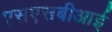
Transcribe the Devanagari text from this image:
एसएसबीआई